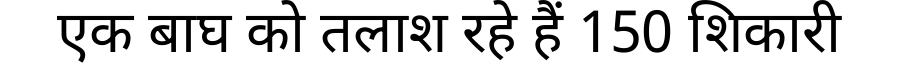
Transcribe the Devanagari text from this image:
एक बाघ को तलाश रहे हैं 150 शिकारी